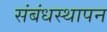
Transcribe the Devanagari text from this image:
संबंधस्थापन